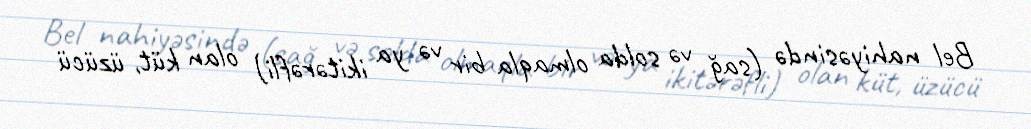
Bel nahiyəsində (sağ və solda olmaqla bir və ya ikitərəfli) olan küt, üzücü